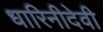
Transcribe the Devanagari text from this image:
धारिनीदेवी